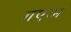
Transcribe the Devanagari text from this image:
गएअ